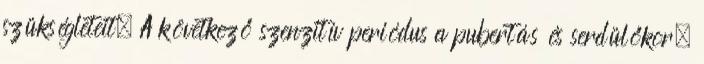
szükségleteit. A következő szenzitív periódus a pubertás és serdülőkor,